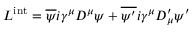
{ \cal L } ^ { \mathrm { i n t } } = \overline { { { \psi } } } i \gamma ^ { \mu } D ^ { \mu } \psi + \overline { { { \psi ^ { \prime } } } } i \gamma ^ { \mu } D _ { \mu } ^ { \prime } \psi ^ { \prime }